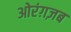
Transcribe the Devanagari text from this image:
ओरंग़ज़ब